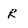
Character: R